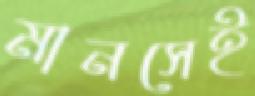
মানসেই